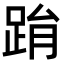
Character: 𨀮